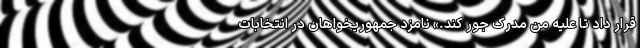
قرار داد تا علیه من مدرک جور کند.» نامزد جمهوریخواهان در انتخابات